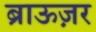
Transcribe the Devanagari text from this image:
ब्राऊज़र